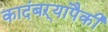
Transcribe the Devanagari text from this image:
कादंबऱ्यांपैकी